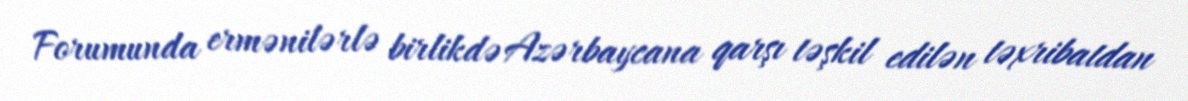
Forumunda ermənilərlə birlikdə Azərbaycana qarşı təşkil edilən təxribatdan